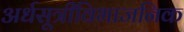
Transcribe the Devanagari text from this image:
अर्धसूत्रीविभाजनिक